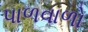
પાળવાળો